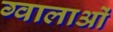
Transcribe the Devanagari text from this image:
ग्वालाओं